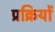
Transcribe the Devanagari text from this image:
प्रक्रियों